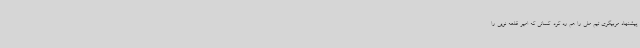
پیشنهاد مربیگری تیم ملی را هم رد کرد. کسانی که امیر قلعه نویی را